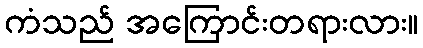
ကံသည် အကြောင်းတရားလား။